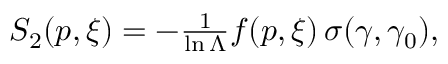
\begin{array} { r } { S _ { 2 } ( p , \xi ) = - \frac 1 { \ln \Lambda } f ( p , \xi ) \, \sigma ( \gamma , \gamma _ { 0 } ) , } \end{array}